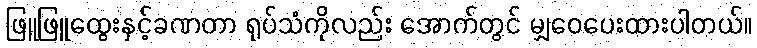
ဖြူဖြူထွေးနှင့်ခဏတာ ရုပ်သံကိုလည်း အောက်တွင် မျှဝေပေးထားပါတယ်။